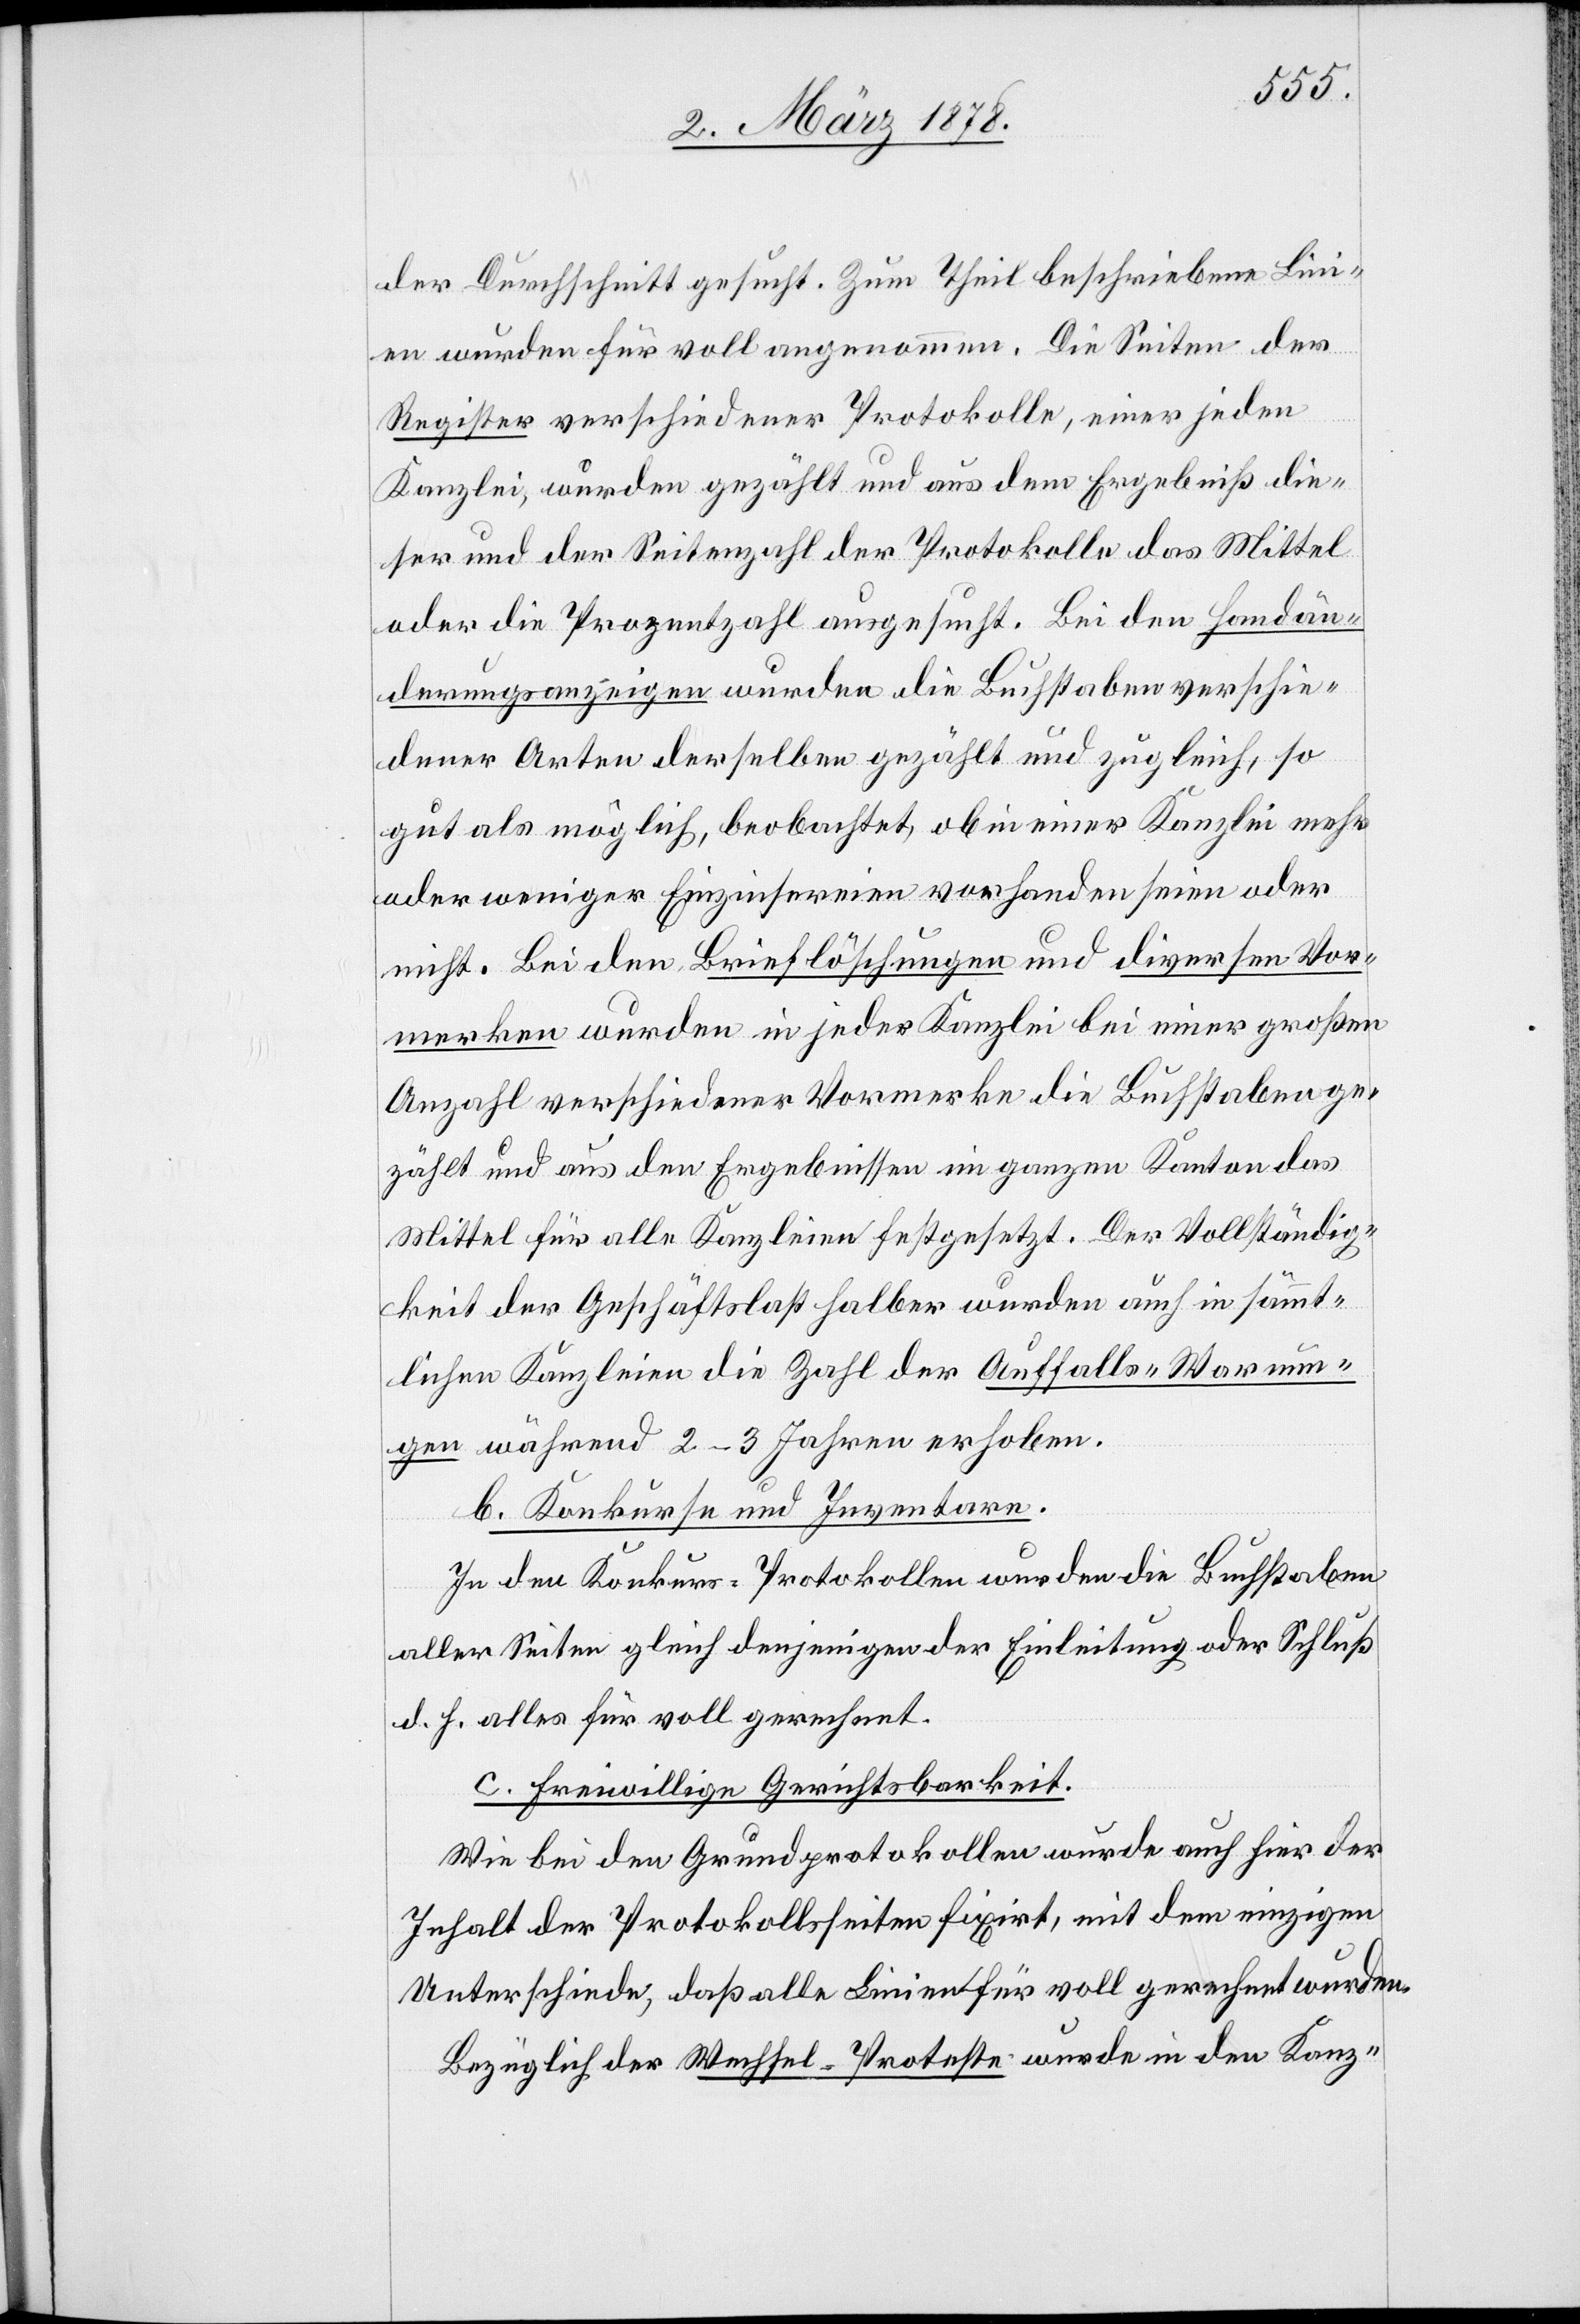
der Durchschnitt gesucht. Zum Theil beschriebene Lin¬
ien wurden für voll angenommen. Die Seiten des
Register verschiedener Protokolle, einer jeden
Kanzlei, wurden gezählt und aus dem Ergebniß die¬
ser und der Seitenzahl der Protokolle das Mittel
oder die Prozentzahl ausgesucht. Bei den Handän¬
derungsanzeigen wurden die Buchstaben verschie¬
dener Arten derselben gezählt und zugleich, so
gut als möglich, beobachtet, ob in einer Kanzlei mehr
oder weniger Einzinsereien vorhanden seien oder
nicht. Bei den Brieflöschungen und diversen Vor¬
merken wurden in jeder Kanzlei bei einer großen
Anzahl verschiedener Vormerke die Buchstaben ge¬
zählt und aus den Ergebnissen im ganzen Kanton das
Mittel für alle Kanzleien festgesetzt. Der Vollständig¬
keit der Geschäftslast halber wurden auch in sämmt¬
lichen Kanzleien die Zahl der Auffalls-Warnun¬
gen während 2–3 Jahren erhoben.
b. Konkurse und Inventare.
In den Konkurs-Protokollen wurden die Buchstaben
aller Seiten gleich denjenigen der Einleitung oder Schluß
d. h. alles für voll gerechnet.
c. Freiwillige Gerichtsbarkeit.
Wie bei den Grundprotokollen wurde auch hier der
Inhalt der Protokollsseiten fixirt, mit dem einzigen
Unterschiede, daß alle Linien für voll gerechnet wurden.
Bezüglich der Wechsel-Proteste wurden in den Kanz-